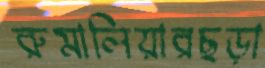
রুমালিয়ারছড়া